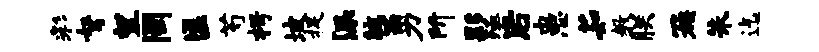
彩弩望罔匡芍枵坡捉派腕勇所夥殛后患茹教朕簇朱迄